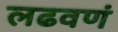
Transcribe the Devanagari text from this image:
लढवणं